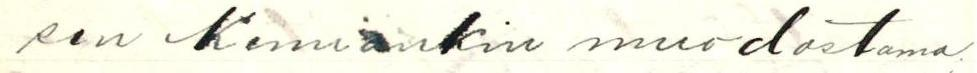
sen Kemiankin muodostama;